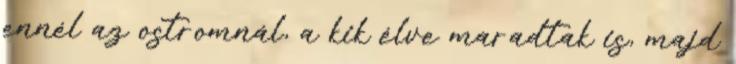
ennél az ostromnál, a kik élve maradtak is, majd